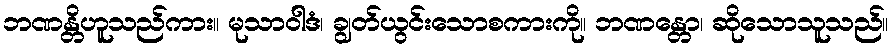
ဘဏန္တိဟူသည်ကား။ မုသာဝါဒံ၊ ချွတ်ယွင်းသောစကားကို။ ဘဏန္တော၊ ဆိုသောသူသည်။